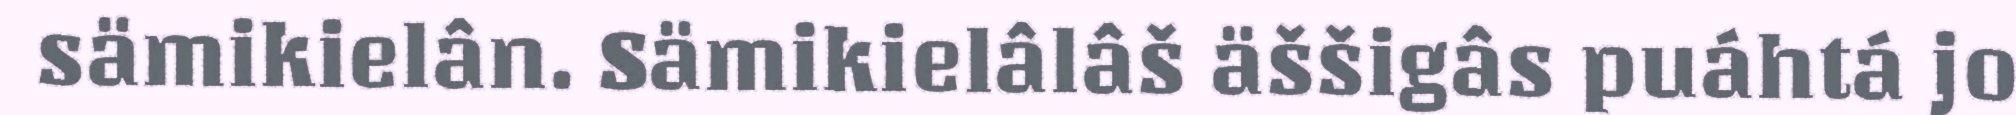
sämikielân. Sämikielâlâš äššigâs puáhtá jo